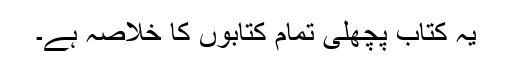
یہ کتاب پچھلی تمام کتابوں کا خلاصہ ہے۔